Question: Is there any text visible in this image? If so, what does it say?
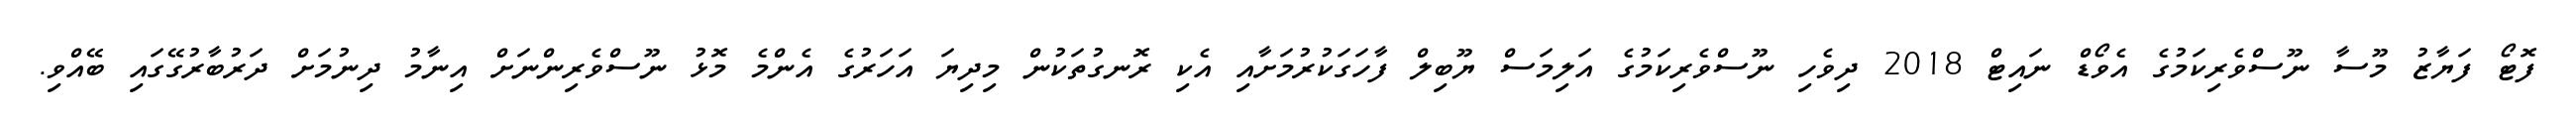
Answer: ފޮޓޯ ފަޔާޒު މޫސާ ނޫސްވެރިކަމުގެ އެވޯޑް ނައިޓް 2018 ދިވެހި ނޫސްވެރިކަމުގެ އަލިމަސް ޔޫބިލް ފާހަގަކުރުމަށާއި އެކި ރޮނގުތަކުން މިދިޔަ އަހަރުގެ އެންމެ މޮޅު ނޫސްވެރިންނަށް އިނާމު ދިނުމަށް ދަރުބާރުގޭގައި ބޭއްވި.